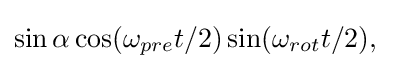
\sin \alpha \cos(\omega _{pre}t/2)\sin(\omega _{rot}t/2),\